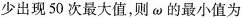
少出现50次最大值，则\omega的最小值为